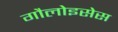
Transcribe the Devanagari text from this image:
गौलोइसेस